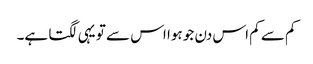
کم سے کم اس دن جو ہوا اس سے تو یہی لگتا ہے۔